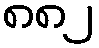
၈၈၂